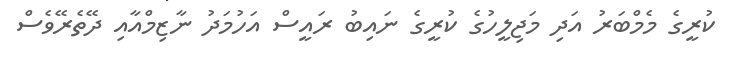
ކުރީގެ މެމްބަރު އަދި މަޖިލީހުގެ ކުރީގެ ނައިބު ރައީސް އަހުމަދު ނާޒިމްއާއި ދޭތެރޭވެސް